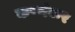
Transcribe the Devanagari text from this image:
कण्णंकर